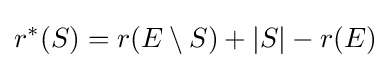
r^{\ast }(S)=r(E\setminus S)+|S|-r(E)